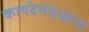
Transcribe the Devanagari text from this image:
कायदेमंडळाचा